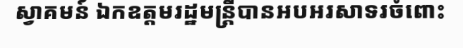
ស្វាគមន៍ ឯកឧត្តមរដ្ឋមន្ត្រីបានអបអរសាទរចំពោះ